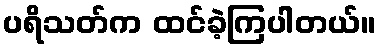
ပရိသတ်က ထင်ခဲ့ကြပါတယ်။